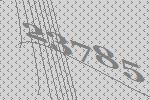
23785